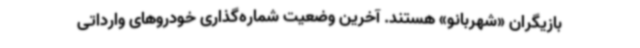
بازیگران «شهربانو» هستند. آخرین وضعیت شماره‌گذاری خودروهای وارداتی